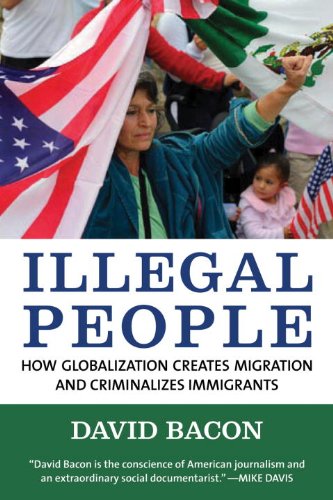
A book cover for Illegal People: How Globalization Creates Migration and Criminalizes Immigrants; David Bacon; Law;